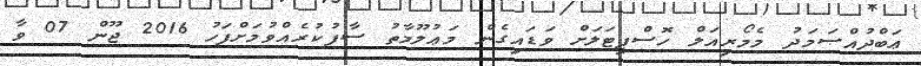
ޢަބްދުއްޞަމަދު މެމޯރިއަލް ހޮސްޕިޓަލަށް ވަޑައިގެން މަޢުލޫމާތު ސާފުކުރެއްވުމަށްފަހު 2016 ޖޫން 07 ވާ